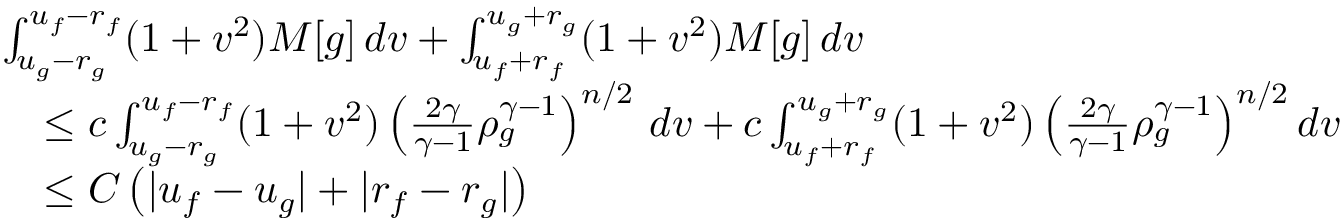
\begin{array} { r l } & { \int _ { u _ { g } - r _ { g } } ^ { u _ { f } - r _ { f } } ( 1 + v ^ { 2 } ) M [ g ] \, d v + \int _ { u _ { f } + r _ { f } } ^ { u _ { g } + r _ { g } } ( 1 + v ^ { 2 } ) M [ g ] \, d v } \\ & { \quad \le c \int _ { u _ { g } - r _ { g } } ^ { u _ { f } - r _ { f } } ( 1 + v ^ { 2 } ) \left( \frac { 2 \gamma } { \gamma - 1 } \rho _ { g } ^ { \gamma - 1 } \right) ^ { n / 2 } \, d v + c \int _ { u _ { f } + r _ { f } } ^ { u _ { g } + r _ { g } } ( 1 + v ^ { 2 } ) \left( \frac { 2 \gamma } { \gamma - 1 } \rho _ { g } ^ { \gamma - 1 } \right) ^ { n / 2 } d v } \\ & { \quad \le C \left( | u _ { f } - u _ { g } | + | r _ { f } - r _ { g } | \right) } \end{array}